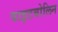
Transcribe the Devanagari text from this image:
वाइटबोलिन